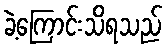
ခဲ့ကြောင်းသိရသည်